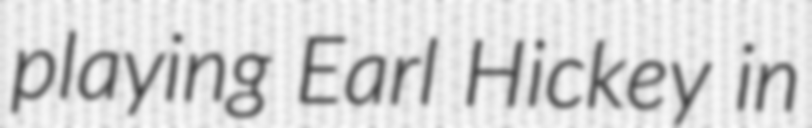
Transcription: playing Earl Hickey in